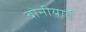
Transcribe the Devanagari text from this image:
बोनीयार्ड